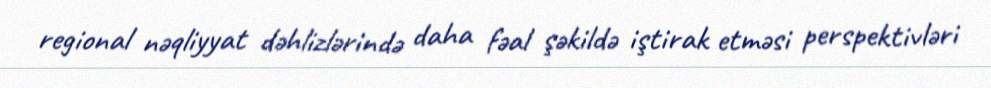
regional nəqliyyat dəhlizlərində daha fəal şəkildə iştirak etməsi perspektivləri